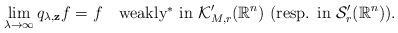
LaTeX: \begin{align*}\lim_{\lambda\to \infty} q_{\lambda,\mathbf{z}}f=f \ \ \ \mbox{weakly$^{\ast}$ in } \mathcal{K}'_{M,r}(\mathbb{R}^{n}) \ (\mbox{resp. in } \mathcal{S}'_{r}(\mathbb{R}^{n})).\end{align*}